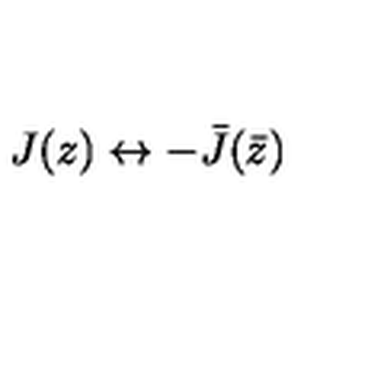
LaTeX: J ( z ) \leftrightarrow - { \bar { J } } ( \bar { z } )